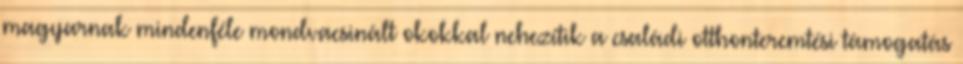
magyarnak mindenféle mondvacsinált okokkal nehezítik a családi otthonteremtési támogatás